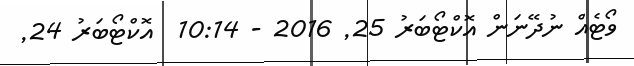
ވޯޓެއް ނުދޭނަން އޮކްޓޯބަރު 25